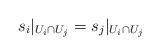
LaTeX: \begin{align*}s_i|_{U_i\cap U_j}=s_j|_{U_i\cap U_j}\end{align*}